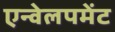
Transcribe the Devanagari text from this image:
एन्वेलपमेंट